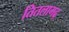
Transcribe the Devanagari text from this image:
तितलागढ़